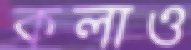
কলাও